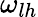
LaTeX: \omega_{lh}